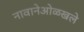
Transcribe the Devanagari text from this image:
नावानेओळखले